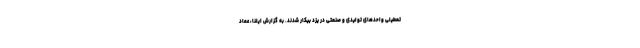
تعطیلی واحدهای تولیدی و صنعتی در یزد بیکار شدند. به گزارش ایلنا، عماد